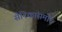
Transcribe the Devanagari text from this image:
सैनिकांसमोर